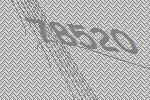
78520